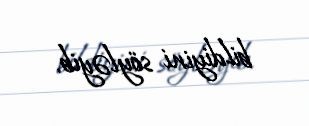
bildiyini söyləyib.